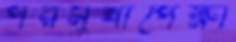
পরমুখাপেক্ষা